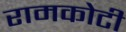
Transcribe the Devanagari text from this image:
रामकोटी